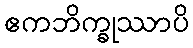
ဧကဘိက္ခုဿာပိ